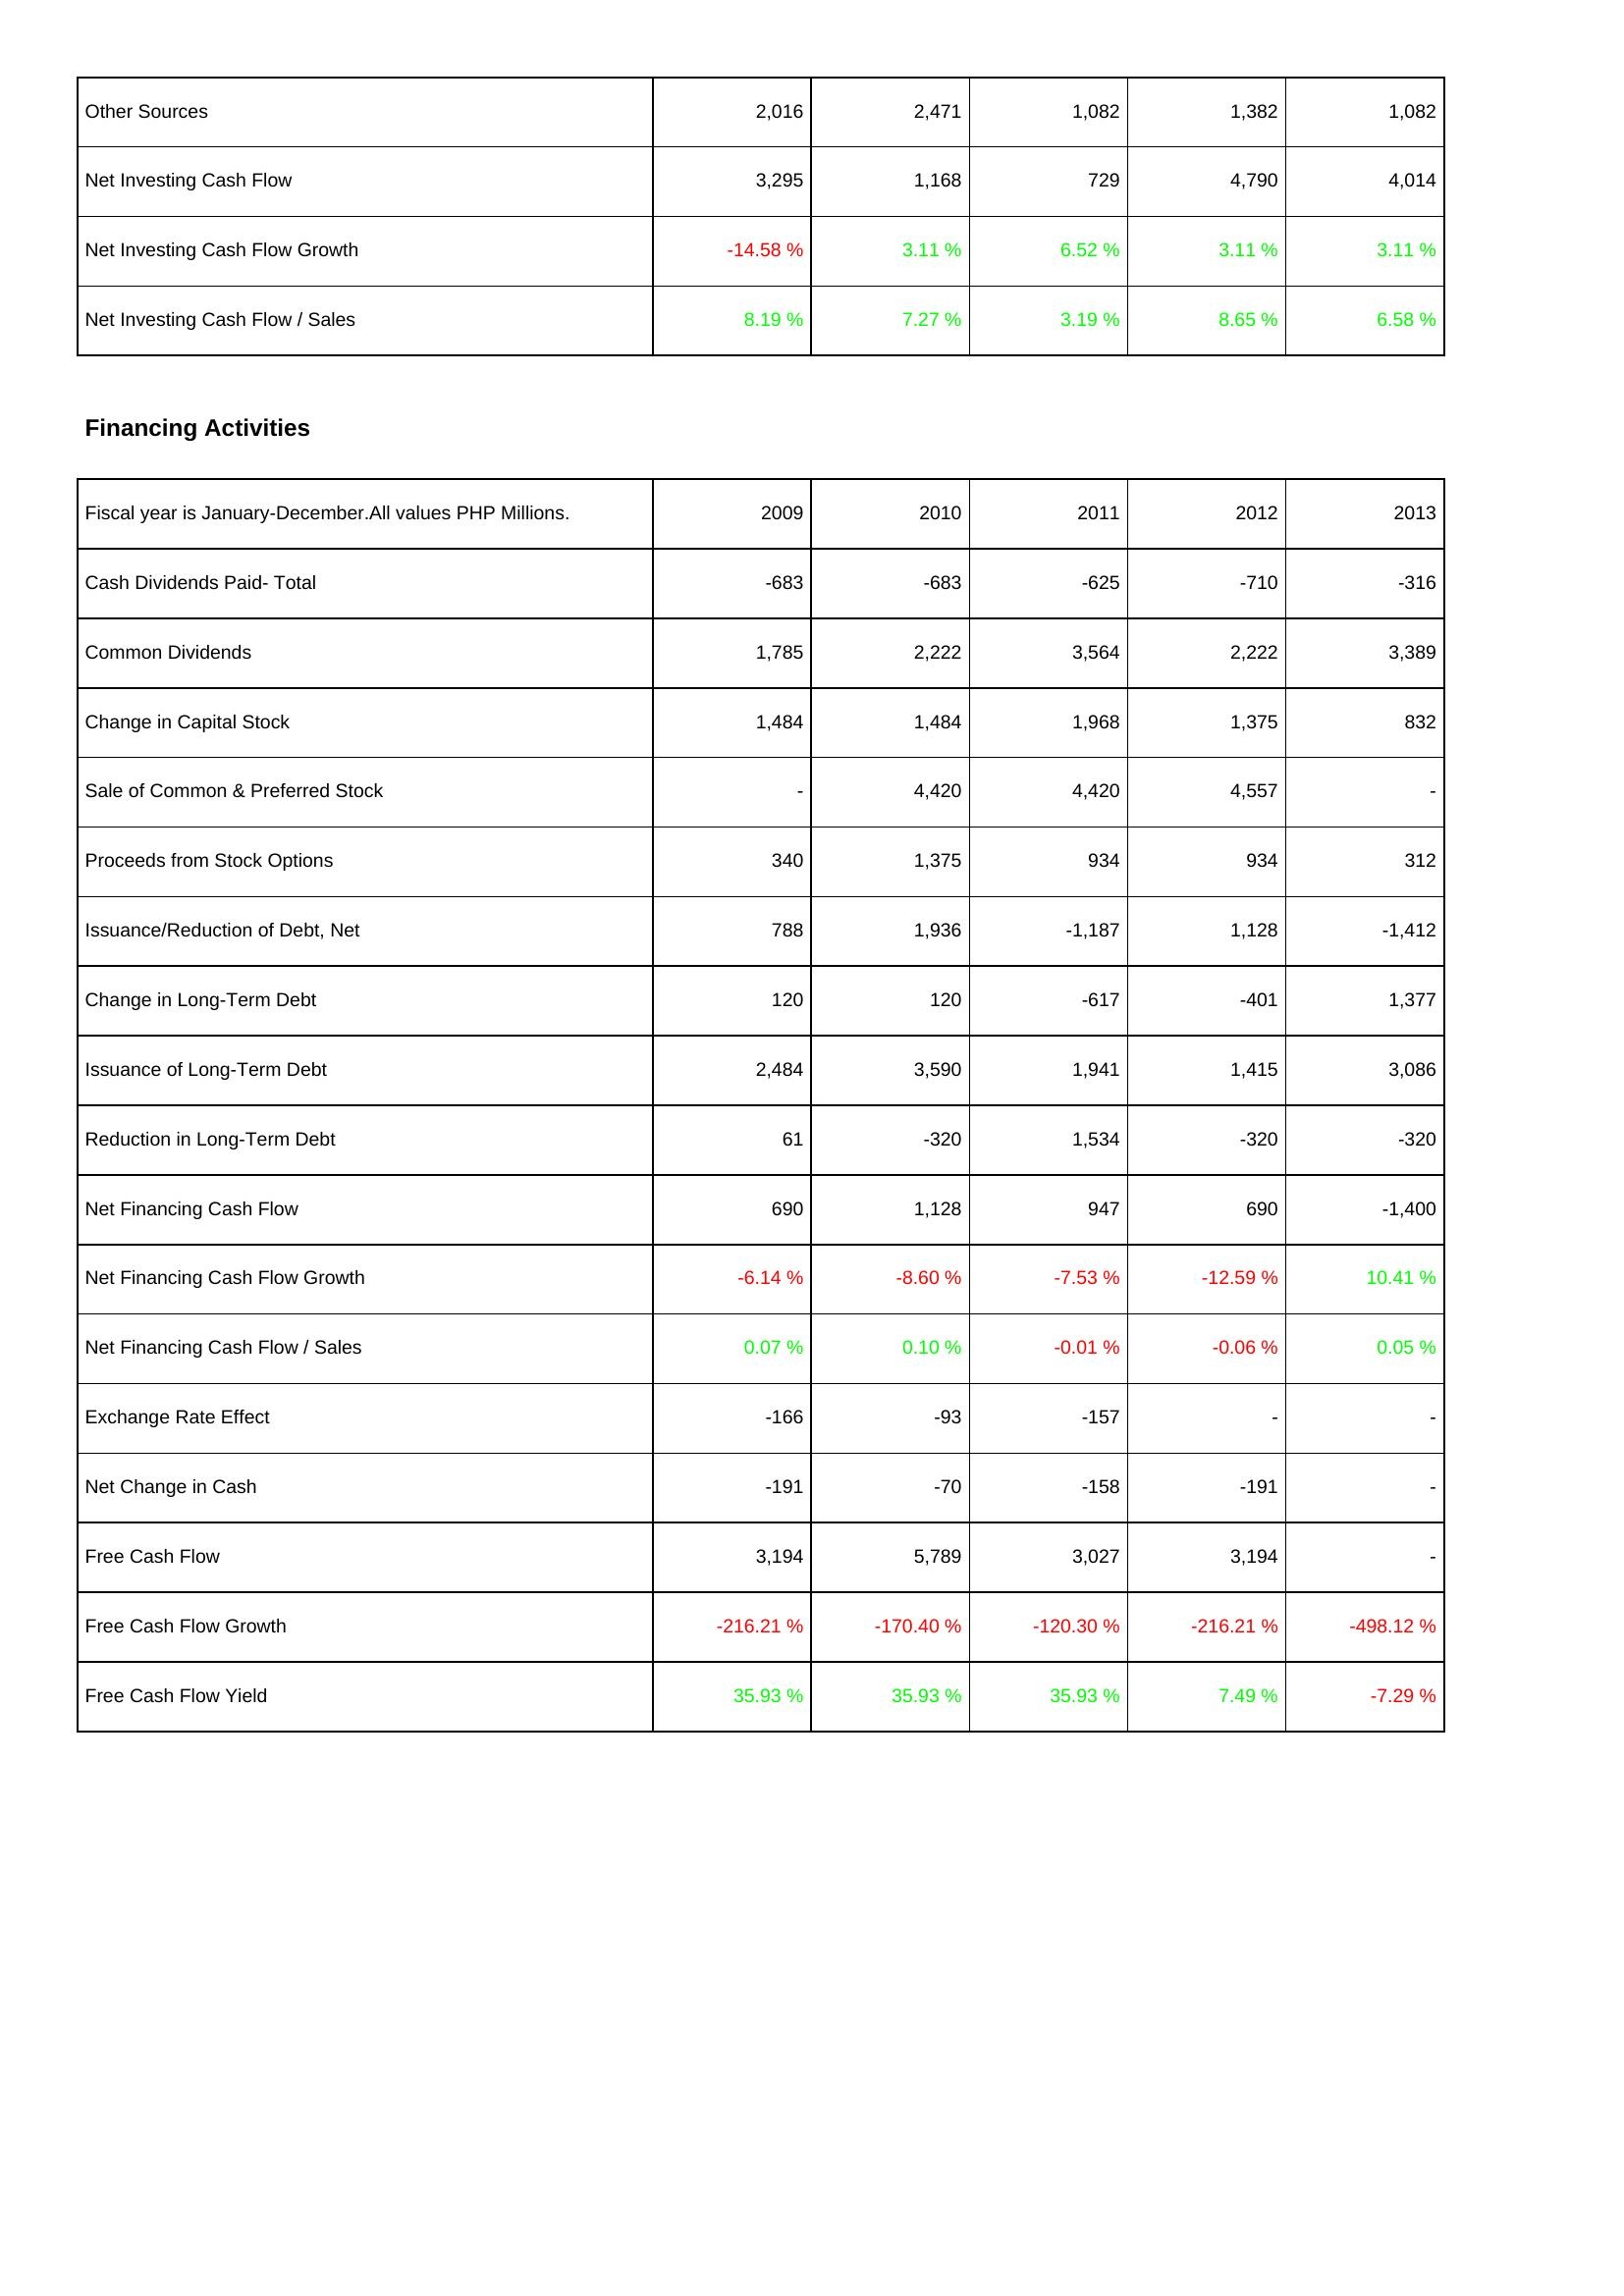
2009: Investing Activities: Other Sources: 2,016
Net Investing Cash Flow: 3,295
Net Investing Cash Flow Growth: -14.58 %
Net Investing Cash Flow / Sales: 8.19 %
Financing Activities: Cash Dividends Paid- Total: -683
Common Dividends: 1,785
Change in Capital Stock: 1,484
Sale of Common & Preferred Stock: -
Proceeds from Stock Options: 340
Issuance/Reduction of Debt, Net: 788
Change in Long-Term Debt: 120
Issuance of Long-Term Debt: 2,484
Reduction in Long-Term Debt: 61
Net Financing Cash Flow: 690
Net Financing Cash Flow Growth: -6.14 %
Net Financing Cash Flow / Sales: 0.07 %
Exchange Rate Effect: -166
Net Change in Cash: -191
Free Cash Flow: 3,194
Free Cash Flow Growth: -216.21 %
Free Cash Flow Yield: 35.93 %
2010: Investing Activities: Other Sources: 2,471
Net Investing Cash Flow: 1,168
Net Investing Cash Flow Growth: 3.11 %
Net Investing Cash Flow / Sales: 7.27 %
Financing Activities: Cash Dividends Paid- Total: -683
Common Dividends: 2,222
Change in Capital Stock: 1,484
Sale of Common & Preferred Stock: 4,420
Proceeds from Stock Options: 1,375
Issuance/Reduction of Debt, Net: 1,936
Change in Long-Term Debt: 120
Issuance of Long-Term Debt: 3,590
Reduction in Long-Term Debt: -320
Net Financing Cash Flow: 1,128
Net Financing Cash Flow Growth: -8.60 %
Net Financing Cash Flow / Sales: 0.10 %
Exchange Rate Effect: -93
Net Change in Cash: -70
Free Cash Flow: 5,789
Free Cash Flow Growth: -170.40 %
Free Cash Flow Yield: 35.93 %
2011: Investing Activities: Other Sources: 1,082
Net Investing Cash Flow: 729
Net Investing Cash Flow Growth: 6.52 %
Net Investing Cash Flow / Sales: 3.19 %
Financing Activities: Cash Dividends Paid- Total: -625
Common Dividends: 3,564
Change in Capital Stock: 1,968
Sale of Common & Preferred Stock: 4,420
Proceeds from Stock Options: 934
Issuance/Reduction of Debt, Net: -1,187
Change in Long-Term Debt: -617
Issuance of Long-Term Debt: 1,941
Reduction in Long-Term Debt: 1,534
Net Financing Cash Flow: 947
Net Financing Cash Flow Growth: -7.53 %
Net Financing Cash Flow / Sales: -0.01 %
Exchange Rate Effect: -157
Net Change in Cash: -158
Free Cash Flow: 3,027
Free Cash Flow Growth: -120.30 %
Free Cash Flow Yield: 35.93 %
2012: Investing Activities: Other Sources: 1,382
Net Investing Cash Flow: 4,790
Net Investing Cash Flow Growth: 3.11 %
Net Investing Cash Flow / Sales: 8.65 %
Financing Activities: Cash Dividends Paid- Total: -710
Common Dividends: 2,222
Change in Capital Stock: 1,375
Sale of Common & Preferred Stock: 4,557
Proceeds from Stock Options: 934
Issuance/Reduction of Debt, Net: 1,128
Change in Long-Term Debt: -401
Issuance of Long-Term Debt: 1,415
Reduction in Long-Term Debt: -320
Net Financing Cash Flow: 690
Net Financing Cash Flow Growth: -12.59 %
Net Financing Cash Flow / Sales: -0.06 %
Exchange Rate Effect: -
Net Change in Cash: -191
Free Cash Flow: 3,194
Free Cash Flow Growth: -216.21 %
Free Cash Flow Yield: 7.49 %
2013: Investing Activities: Other Sources: 1,082
Net Investing Cash Flow: 4,014
Net Investing Cash Flow Growth: 3.11 %
Net Investing Cash Flow / Sales: 6.58 %
Financing Activities: Cash Dividends Paid- Total: -316
Common Dividends: 3,389
Change in Capital Stock: 832
Sale of Common & Preferred Stock: -
Proceeds from Stock Options: 312
Issuance/Reduction of Debt, Net: -1,412
Change in Long-Term Debt: 1,377
Issuance of Long-Term Debt: 3,086
Reduction in Long-Term Debt: -320
Net Financing Cash Flow: -1,400
Net Financing Cash Flow Growth: 10.41 %
Net Financing Cash Flow / Sales: 0.05 %
Exchange Rate Effect: -
Net Change in Cash: -
Free Cash Flow: -
Free Cash Flow Growth: -498.12 %
Free Cash Flow Yield: -7.29 %